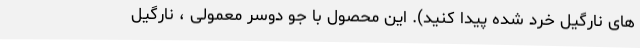
های نارگیل خرد شده پیدا کنید). این محصول با جو دوسر معمولی ، نارگیل